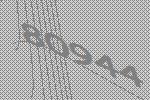
80944